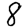
Digit: 8